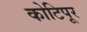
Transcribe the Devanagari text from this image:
कोटिपूर